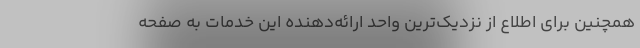
همچنین برای اطلاع از نزدیک‌ترین واحد ارائه‌دهنده این خدمات به صفحه